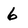
Character: 6